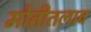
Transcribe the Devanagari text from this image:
मोतीतलाव